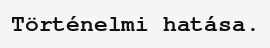
Történelmi hatása.